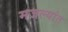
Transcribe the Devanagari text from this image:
मजल्यांत